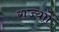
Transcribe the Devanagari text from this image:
राज्याों